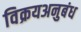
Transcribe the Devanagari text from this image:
विक्रयअनुबंध